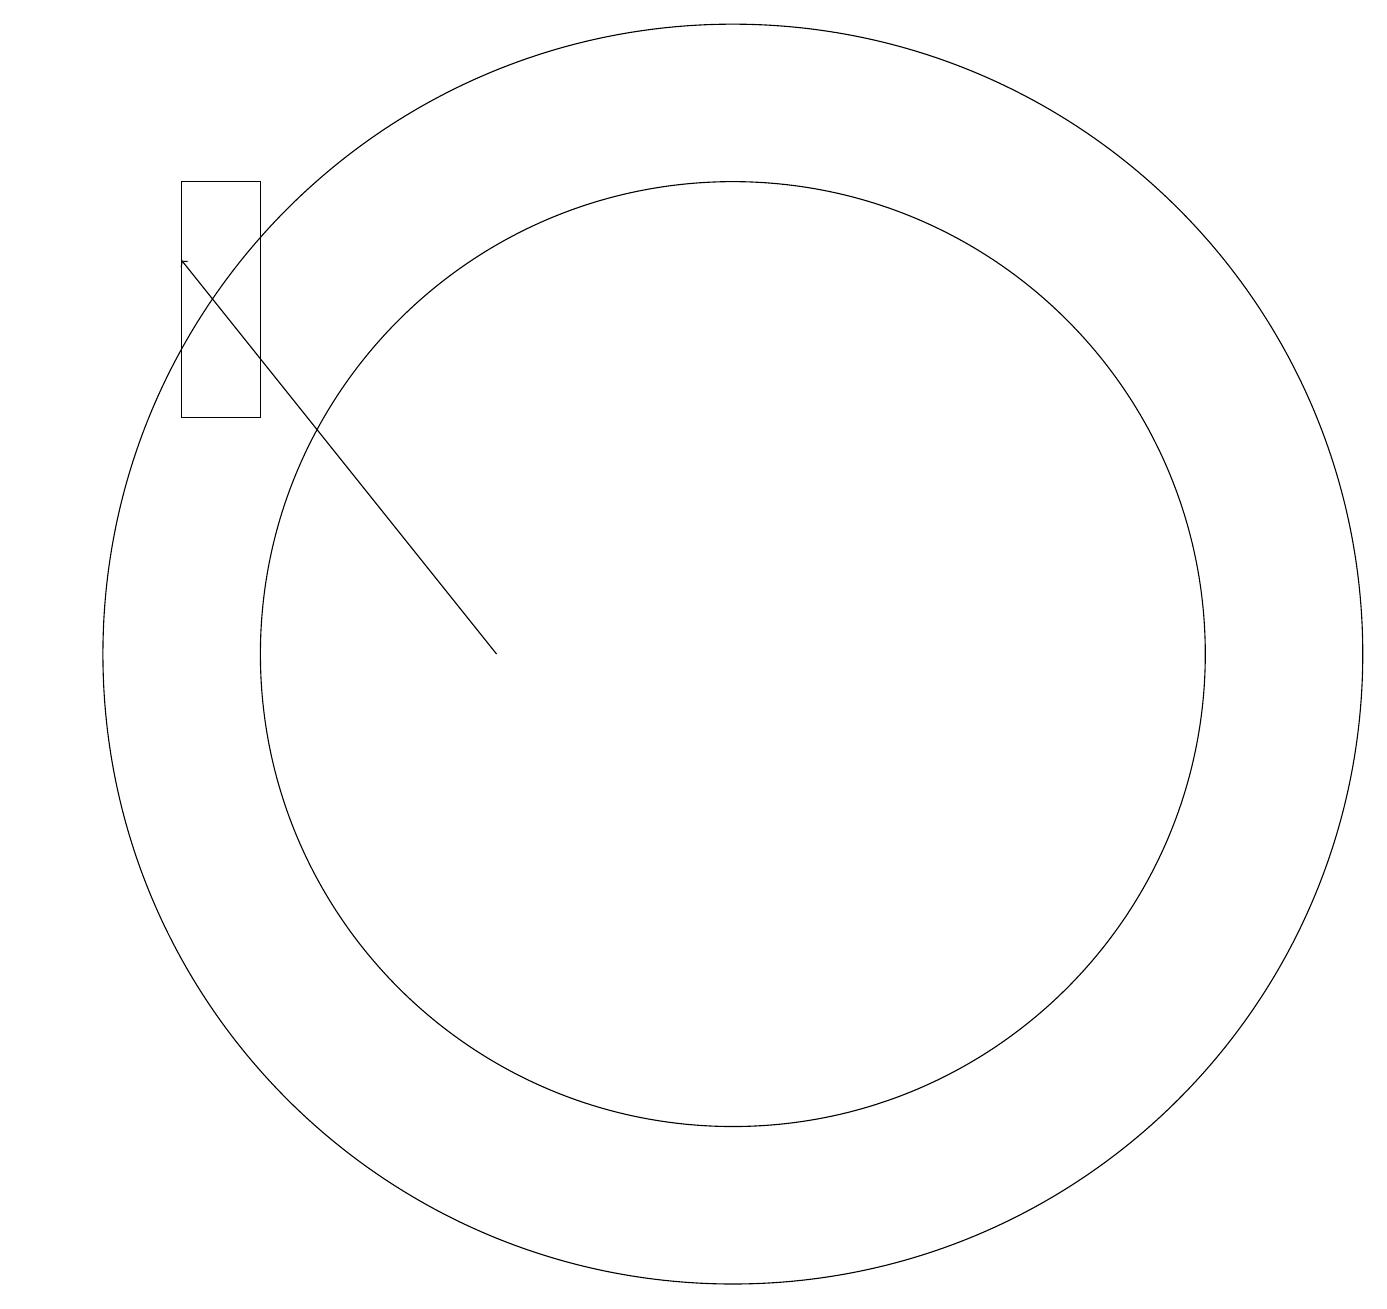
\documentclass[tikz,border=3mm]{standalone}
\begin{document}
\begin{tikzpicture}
\draw (5,14) rectangle (4,17);
\draw[->] (8,11) -- (4,16);
\draw (11,11) circle (6);
\draw (11,11) circle (8);
\draw (2,14) rectangle (2,14);
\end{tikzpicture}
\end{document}